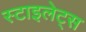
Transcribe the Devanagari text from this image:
स्टाइलेट्स